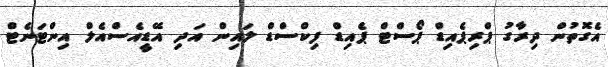
އެގޮތުން ދިރާގު ޕްރިޕެއިޑް ޕޯސްޓް ޕެއިޑް ފިކްސްޑް ލައިން އަދި އޭޑީއެސްއެލް އިންޓަނެޓް